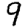
Digit: 9